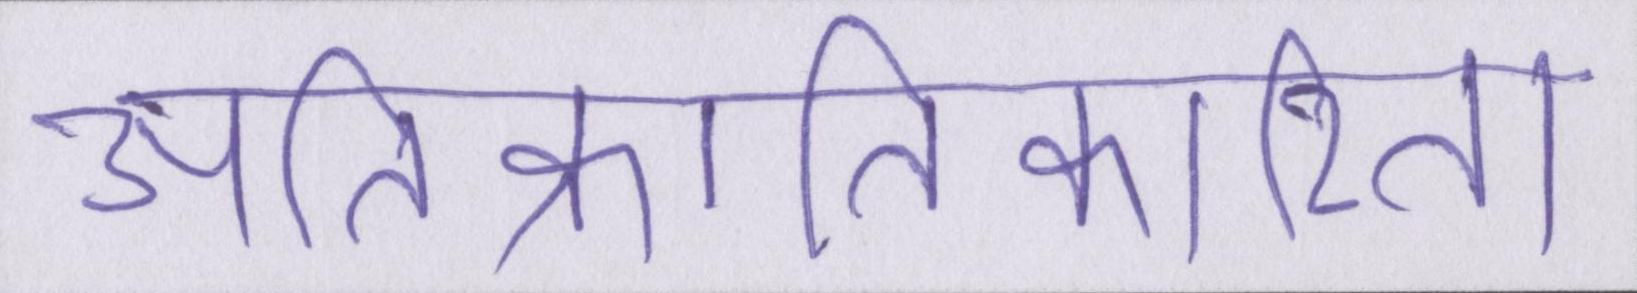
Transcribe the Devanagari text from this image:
अतिक्रांतिकारिता